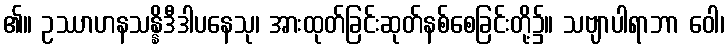
၏။ ဥဿာဟနသန္နိဒီဒါပနေသု၊ အားထုတ်ခြင်းဆုတ်နစ်စေခြင်းတို့၌။ သဗျာပါရာဘာ ဝေါ၊